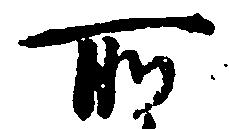
所